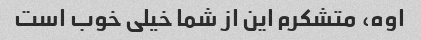
اوه، متشکرم این از شما خیلی خوب است